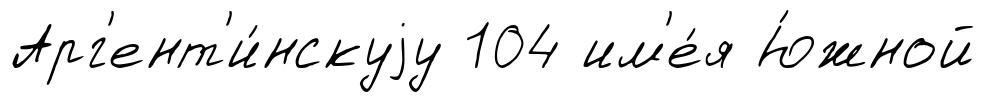
Арг'ент'и́нскуjу 104 им'е́я Ю́жной